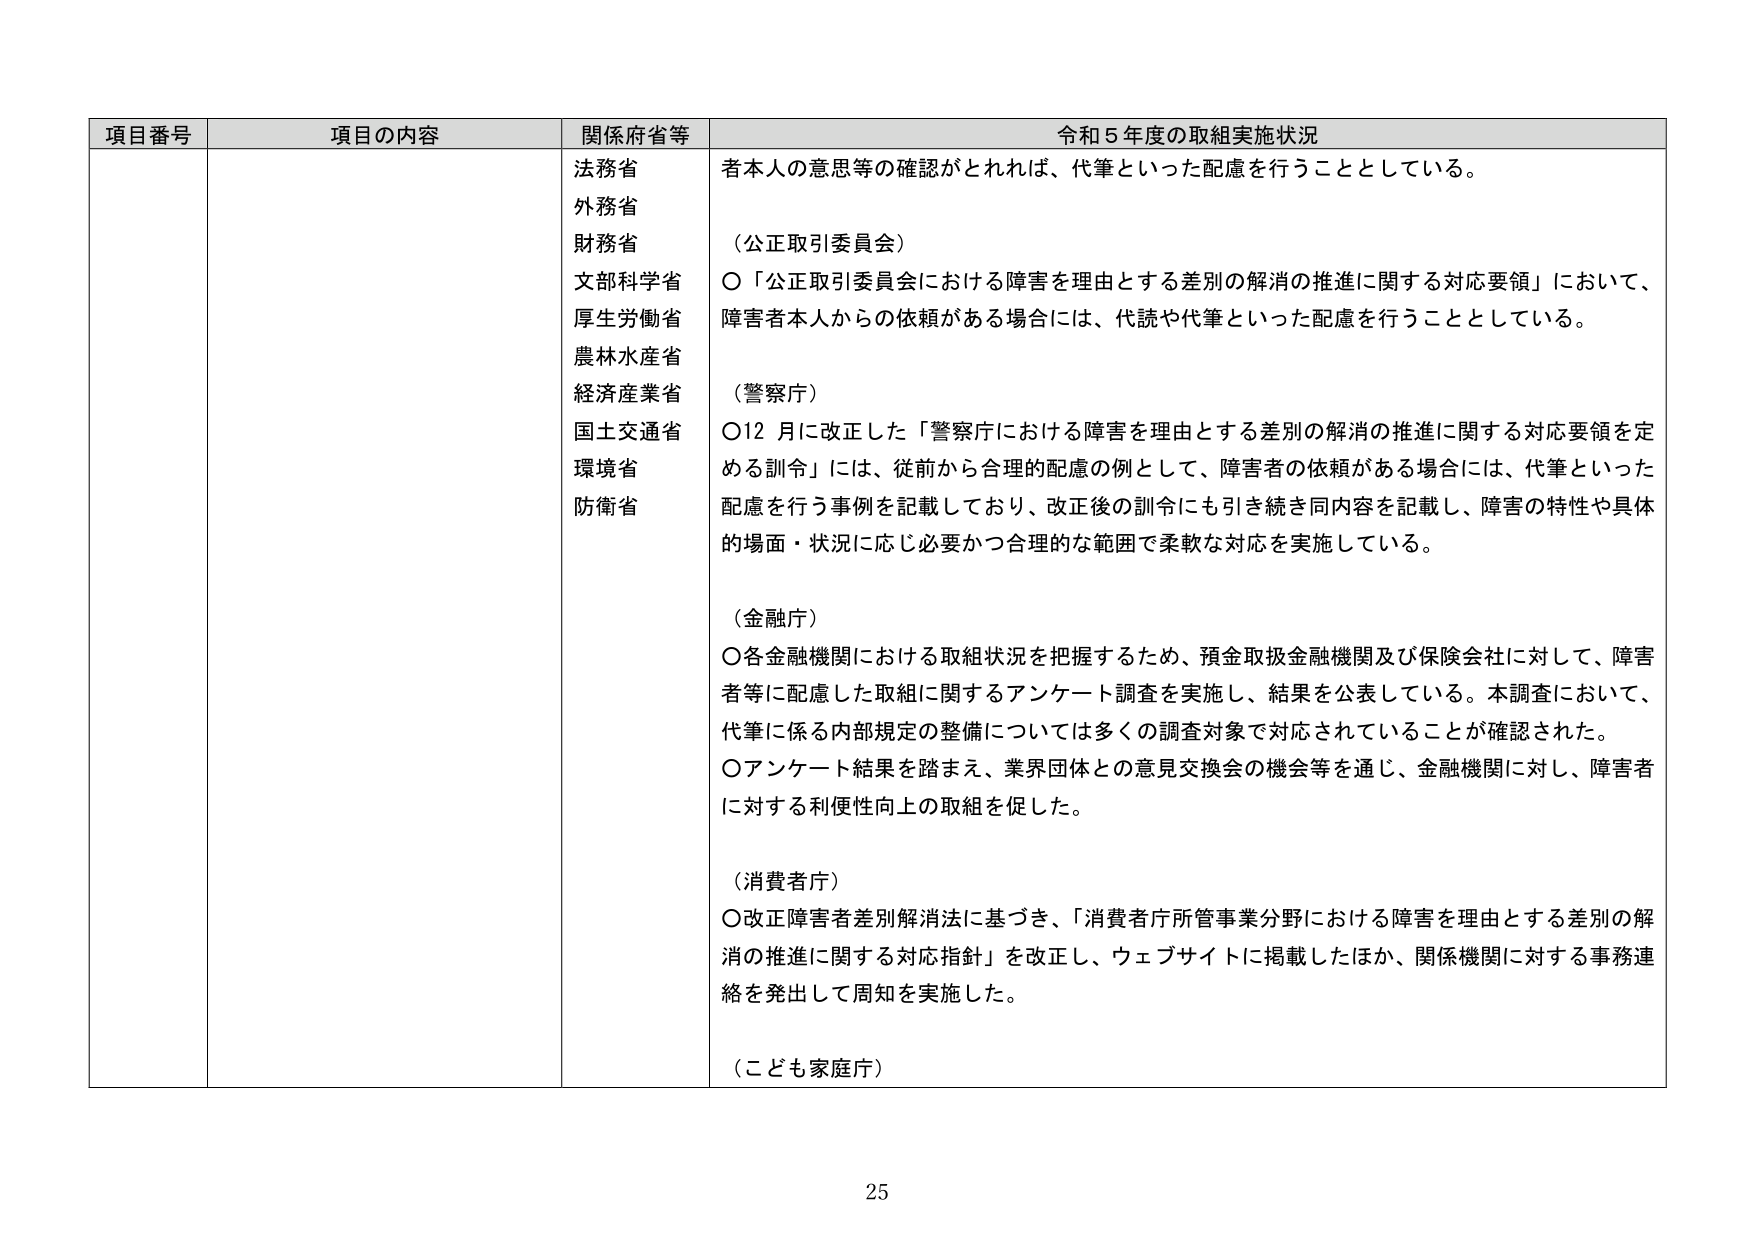
項目番号 項目の内容 関係府省等 令和５年度の取組実施状況
法務省 者本人の意思等の確認がとれれば、代筆といった配慮を行うこととしている。
外務省
財務省 （公正取引委員会）
文部科学省 ○「公正取引委員会における障害を理由とする差別の解消の推進に関する対応要領」において、
厚生労働省 障害者本人からの依頼がある場合には、代読や代筆といった配慮を行うこととしている。
農林水産省
経済産業省 （警察庁）
国土交通省 ○12月に改正した「警察庁における障害を理由とする差別の解消の推進に関する対応要領を定
環境省 める訓令」には、従前から合理的配慮の例として、障害者の依頼がある場合には、代筆といった
防衛省 配慮を行う事例を記載しており、改正後の訓令にも引き続き同内容を記載し、障害の特性や具体
的場面・状況に応じ必要かつ合理的な範囲で柔軟な対応を実施している。
（金融庁）
○各金融機関における取組状況を把握するため、預金取扱金融機関及び保険会社に対して、障害
者等に配慮した取組に関するアンケート調査を実施し、結果を公表している。本調査において、
代筆に係る内部規定の整備については多くの調査対象で対応されていることが確認された。
○アンケート結果を踏まえ、業界団体との意見交換会の機会等を通じ、金融機関に対し、障害者
に対する利便性向上の取組を促した。
（消費者庁）
○改正障害者差別解消法に基づき、「消費者庁所管事業分野における障害を理由とする差別の解
消の推進に関する対応指針」を改正し、ウェブサイトに掲載したほか、関係機関に対する事務連
絡を発出して周知を実施した。
（こども家庭庁）
25